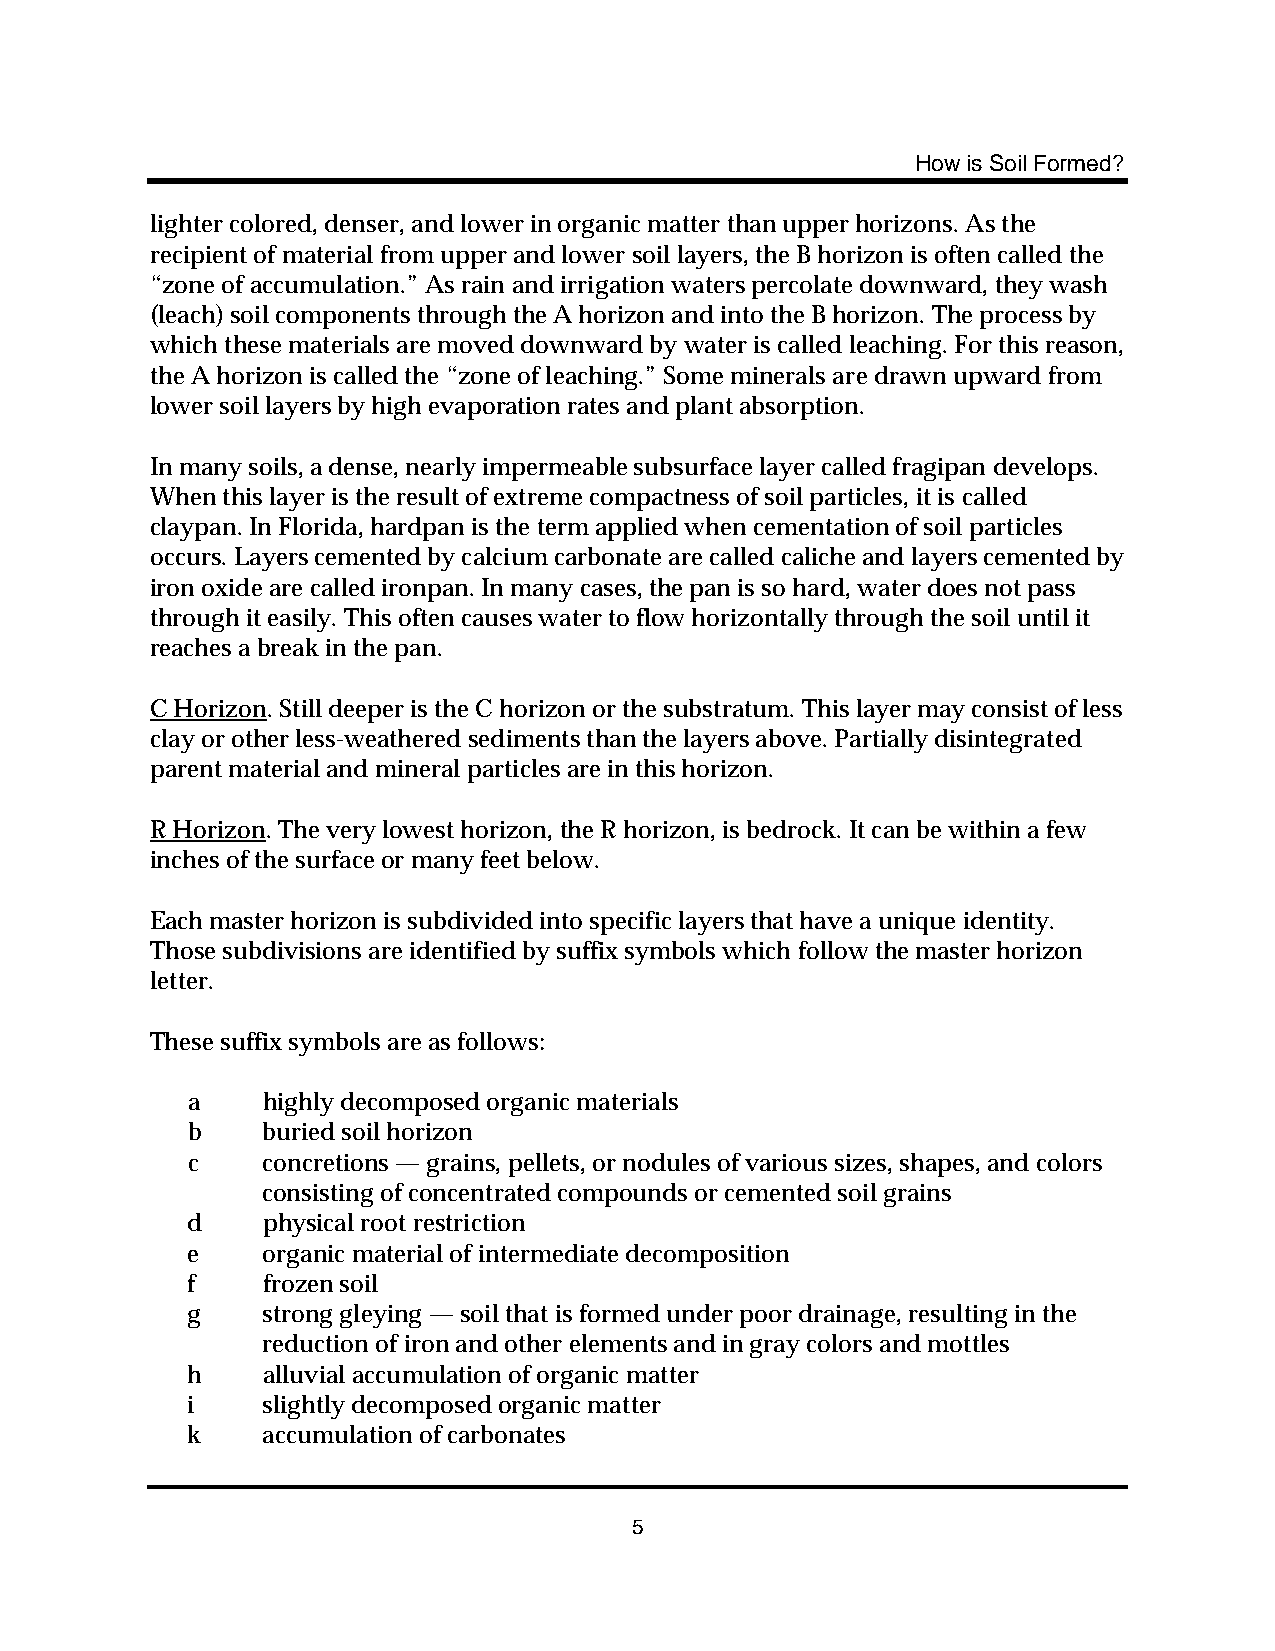
How is Soil Formed?
 lighter colored, denser, and lower in organic matter than upper horizons. As the
 recipient of material from upper and lower soil layers, the B horizon is often called the
 “zone of accumulation.” As rain and irrigation waters percolate downward, they wash
 (leach) soil components through the A horizon and into the B horizon. The process by
 which these materials are moved downward by water is called leaching. For this reason,
 the A horizon is called the “zone of leaching.” Some minerals are drawn upward from
 lower soil layers by high evaporation rates and plant absorption.
 In many soils, a dense, nearly impermeable subsurface layer called fragipan develops.
 When this layer is the result of extreme compactness of soil particles, it is called
 claypan. In Florida, hardpan is the term applied when cementation of soil particles
 occurs. Layers cemented by calcium carbonate are called caliche and layers cemented by
 iron oxide are called ironpan. In many cases, the pan is so hard, water does not pass
 through it easily. This often causes water to flow horizontally through the soil until it
 reaches a break in the pan.
 C Horizon. Still deeper is the C horizon or the substratum. This layer may consist of less
 clay or other less-weathered sediments than the layers above. Partially disintegrated
 parent material and mineral particles are in this horizon.
 R Horizon. The very lowest horizon, the R horizon, is bedrock. It can be within a few
 inches of the surface or many feet below.
 Each master horizon is subdivided into specific layers that have a unique identity.
 Those subdivisions are identified by suffix symbols which follow the master horizon
 letter.
 These suffix symbols are as follows:
 a    highly decomposed organic materials
 b    buried soil horizon
 c    concretions — grains, pellets, or nodules of various sizes, shapes, and colors
 consisting of concentrated compounds or cemented soil grains
 d    physical root restriction
 e    organic material of intermediate decomposition
 f    frozen soil
 g    strong gleying — soil that is formed under poor drainage, resulting in the
 reduction of iron and other elements and in gray colors and mottles
 h    alluvial accumulation of organic matter
 i    slightly decomposed organic matter
 k    accumulation of carbonates
 5